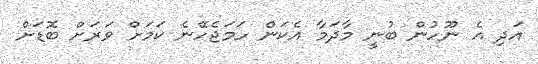
އަދި އެ ނޫހުން ބުނީ މާދަމާ އެކަން ހަމަޖެހޭނެ ކަމަށް ވަރަށް ބޮޑަށް